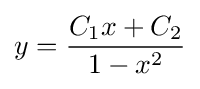
y={\frac {C_{1}x+C_{2}}{1-x^{2}}}